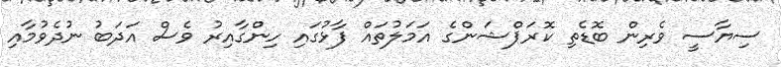
ސިޔާސީ ވެރިން ބޮޑެތި ކޮރަޕްޝަންގެ އަމަލުތައް ފާޅުގައި ހިންގާއިރު ވެސް އަދަބު ނުދެވުމާއި